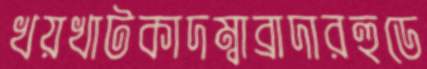
খয়খাটকাদম্বাব্রাদারহুডে